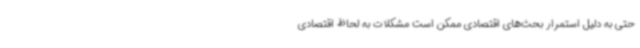
حتی به دلیل استمرار بحث‌های اقتصادی ممکن است مشکلات به لحاظ اقتصادی